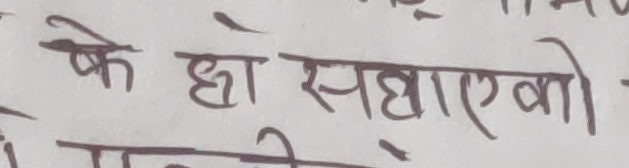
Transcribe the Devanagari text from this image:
के छो सघाएकाे